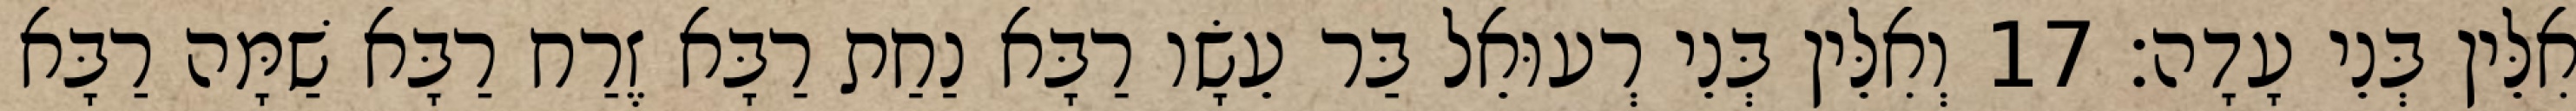
אִלֵּין בְּנֵי עָדָה׃ 17 וְאִלֵּין בְּנֵי רְעוּאֵל בַּר עֵשָׂו רַבָּא נַחַת רַבָּא זֶרַח רַבָּא שַׁמָּה רַבָּא